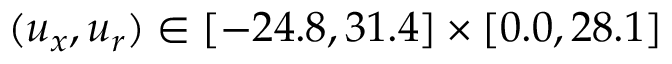
( u _ { x } , u _ { r } ) \in [ - 2 4 . 8 , 3 1 . 4 ] \times [ 0 . 0 , 2 8 . 1 ]